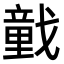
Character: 𢨒